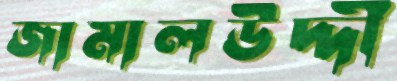
জামালউদ্দী